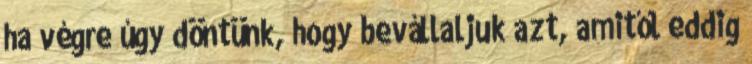
ha végre úgy döntünk, hogy bevállaljuk azt, amitől eddig